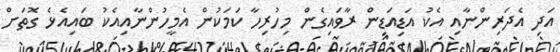
އަދި އެދަރިންނާއި އެކު އަޑިއަޑިން ރާވައިގެން މިހުރިހާ ކަމަކުން އެމީހުންނާއިއެކު ބައިއެޅެ ގޮތަށް